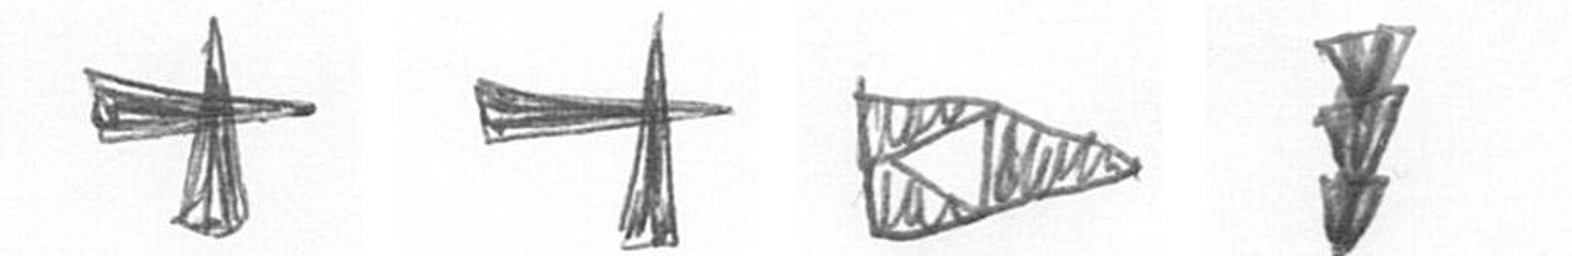
G G K E